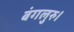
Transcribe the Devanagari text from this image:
बंगलुरु।